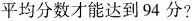
平均分数才能达到94分?